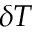
{ \delta } T